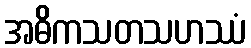
အဓိကသတသဟဿံ